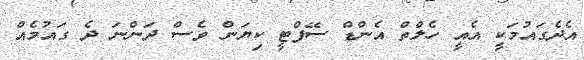
އެދެގައުމަކީ އެއީ ހެލްތް އެންޑް ސޭފްޓީ ކިޔަން ވެސް ދަންނަ ދެ ގައުމެއް